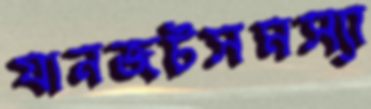
যানজটসমস্যা